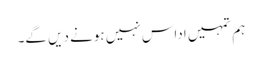
ہم تمہیں اداس نہیں ہونے دیں گے۔